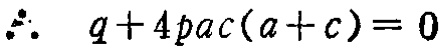
\(\therefore\ q + 4pac(a + c)=0\)